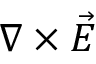
\nabla \times \vec { E }